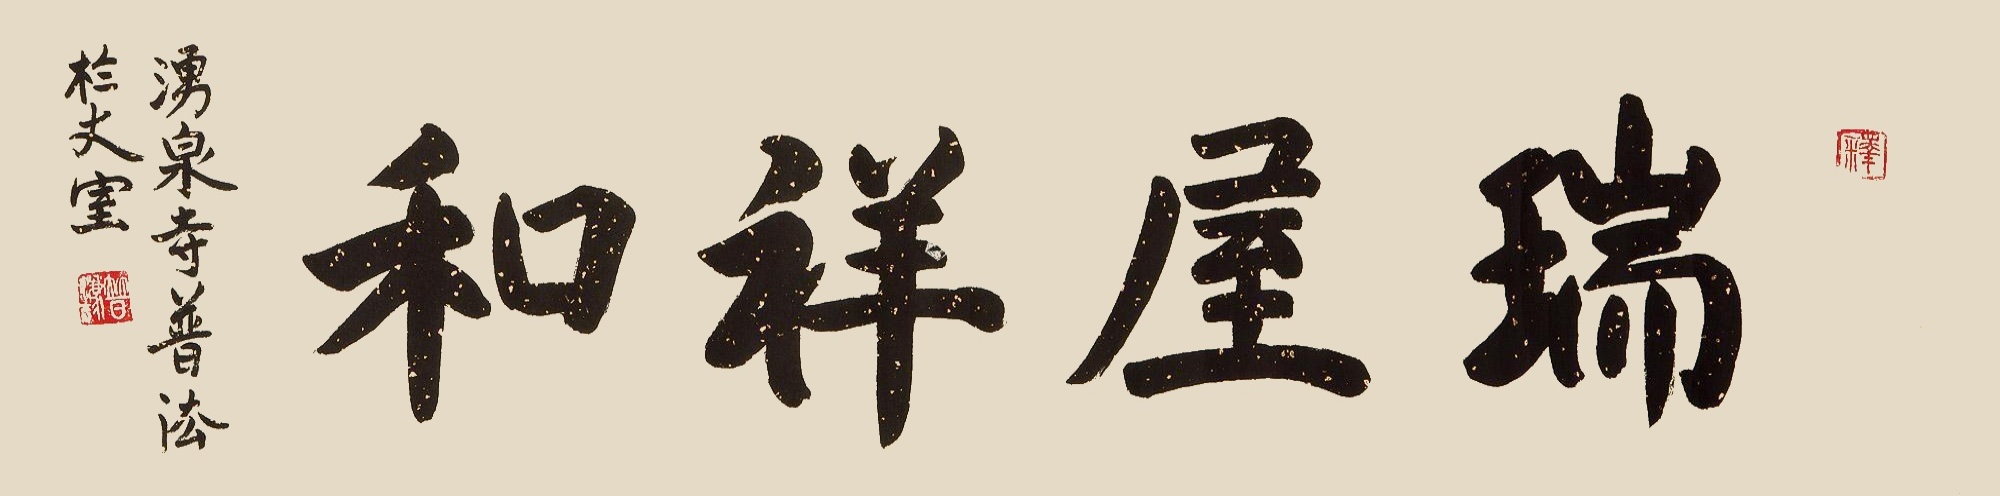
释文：瑞屋祥和。涌泉寺普法于仗室。